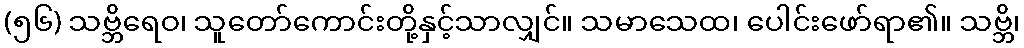
(၅၆) သဗ္ဘိရေဝ၊ သူတော်ကောင်းတို့နှင့်သာလျှင်။ သမာသေထ၊ ပေါင်းဖော်ရာ၏။ သဗ္ဘိ၊